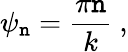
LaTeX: \psi_{\mathtt{n}}={\frac{{\pi\mathtt{n}}}{{k}}}\ ,